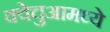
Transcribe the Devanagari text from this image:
क्वेचुआमध्ये